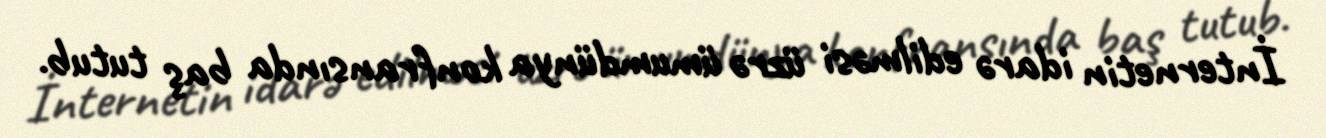
İnternetin idarə edilməsi üzrə ümumdünya konfransında baş tutub.